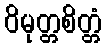
ဝိမုတ္တစိတ္တံ